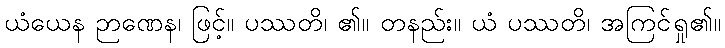
ယံယေန ဉာဏေန၊ ဖြင့်။ ပဿတိ၊ ၏။ တနည်း။ ယံ ပဿတိ၊ အကြင်ရှု၏။